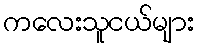
ကလေးသူငယ်များ